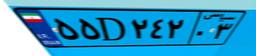
۶۷D۶۰۳۷۳